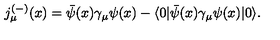
j _ { \mu } ^ { ( - ) } ( x ) = \bar { \psi } ( x ) \gamma _ { \mu } \psi ( x ) - \langle 0 | \bar { \psi } ( x ) \gamma _ { \mu } \psi ( x ) | 0 \rangle .